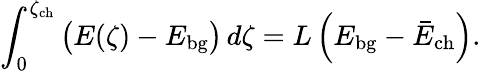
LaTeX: \int_{0}^{\zeta_{\mathrm{ch}}}\big(E(\zeta)-E_{\mathrm{bg}}\big)\, d\zeta=L\left(E_{\mathrm{bg}}-\bar{E}_{\mathrm{ch}}\right).